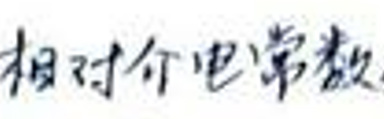
相对介电常数